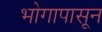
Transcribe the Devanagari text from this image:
भोगापासून